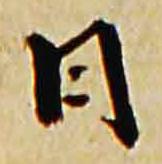
日